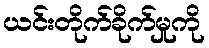
ယင်းတိုက်ခိုက်မှုကို